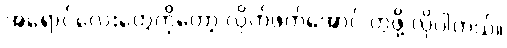
အရောင်လေးတွေကိုတော့ လိုက်ဖက်အောင် တွဲဖို့ လိုပါတယ်။